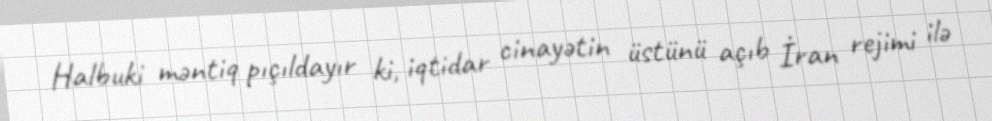
Halbuki məntiq pıçıldayır ki, iqtidar cinayətin üstünü açıb İran rejimi ilə